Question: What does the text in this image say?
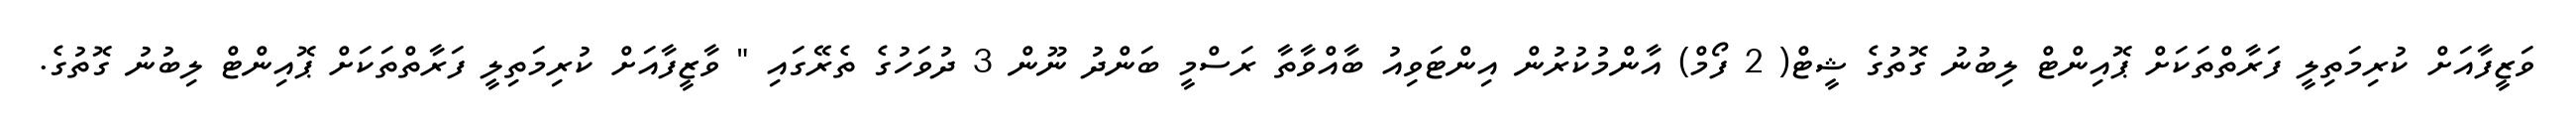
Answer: ވަޒީފާއަށް ކުރިމަތިލީ ފަރާތްތަކަށް ޕޮއިންޓް ލިބުނު ގޮތުގެ ޝީޓް( 2 ފޯމް) އާންމުކުރުން އިންޓަވިއު ބާއްވާތާ ރަސްމީ ބަންދު ނޫން 3 ދުވަހުގެ ތެރޭގައި " ވާޒީފާއަށް ކުރިމަތިލީ ފަރާތްތަކަށް ޕޮއިންޓް ލިބުނު ގޮތުގެ.